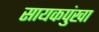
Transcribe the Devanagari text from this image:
सायकपुंखा